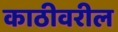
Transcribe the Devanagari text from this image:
काठीवरील